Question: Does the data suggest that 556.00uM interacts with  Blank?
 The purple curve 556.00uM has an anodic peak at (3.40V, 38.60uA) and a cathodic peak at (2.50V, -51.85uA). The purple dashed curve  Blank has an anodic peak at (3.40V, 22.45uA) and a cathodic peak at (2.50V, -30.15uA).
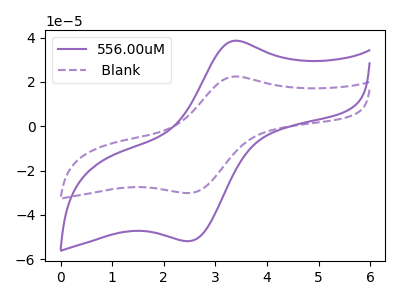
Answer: <think>All the peaks in "556.00uM" have a peak in " Blank" at the same potential. Every peak in "556.00uM" is higher than every peak in " Blank".
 </think>
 <answer>No, "556.00uM" and " Blank" don't appear to be significantly different in shape</answer>
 <eval>no_change</eval>